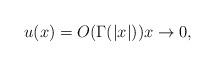
LaTeX: \begin{align*} u(x) = O(\Gamma(|x|))x\to 0,\end{align*}